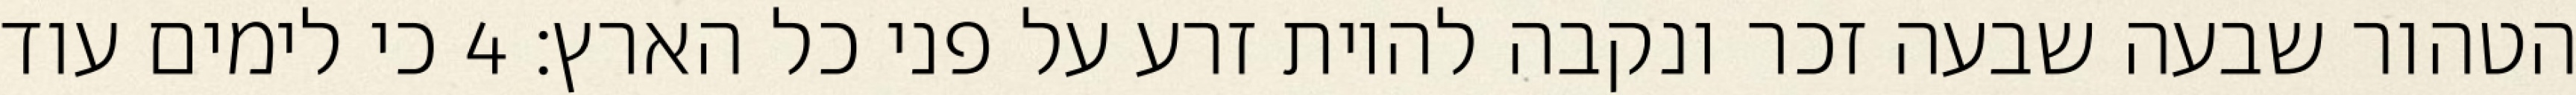
הטהור שבעה שבעה זכר ונקבה להיות זרע על פני כל הארץ׃ ‎4‏ כי לימים עוד